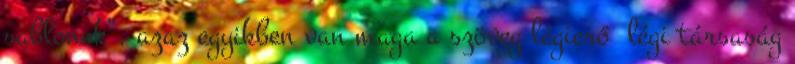
sablonok”, azaz egyikben van maga a szöveg légierő légi társaság